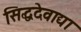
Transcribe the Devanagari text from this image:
सिद्धदेवाद्या